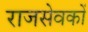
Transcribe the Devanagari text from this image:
राजसेवकों